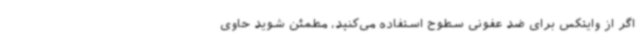
اگر از وایتکس برای ضد عفونی سطوح استفاده می‌کنید، مطمئن شوید حاوی